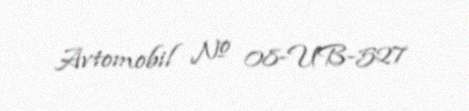
Avtomobil № 08-UB-527